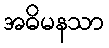
အဓိမနသာ